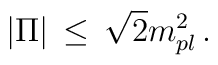
| \Pi | \, \leq \, \sqrt{2} m_{pl}^2 \, .